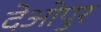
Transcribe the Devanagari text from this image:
देओपुर